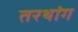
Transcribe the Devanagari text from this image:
तरथांग